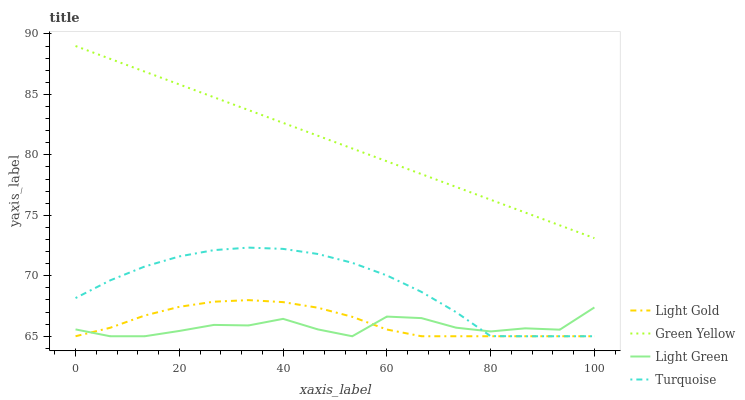
| xaxis_label | Light Gold | Green Yellow | Light Green | Turquoise |
 | --- | --- | --- | --- | --- |
 | 0 | 65 | 89 | 65.6 | 68.2 |
 | 6.67 | 65.7 | 87.9 | 65 | 69.6 |
 | 13.3 | 66.7 | 86.9 | 65 | 70.8 |
 | 20 | 67.4 | 85.8 | 65.4 | 71.6 |
 | 26.7 | 67.9 | 84.8 | 65.9 | 72.1 |
 | 33.3 | 68 | 83.7 | 65.9 | 72.3 |
 | 40 | 67.8 | 82.6 | 66.4 | 72.2 |
 | 46.7 | 67.4 | 81.6 | 65.6 | 71.8 |
 | 53.3 | 66.6 | 80.5 | 65 | 71.1 |
 | 60 | 65.6 | 79.5 | 66.6 | 70 |
 | 66.7 | 65 | 78.4 | 66.5 | 68.7 |
 | 73.3 | 65 | 77.3 | 65.7 | 67 |
 | 80 | 65 | 76.3 | 65.4 | 65 |
 | 86.7 | 65 | 75.2 | 65.7 | 65 |
 | 93.3 | 65 | 74.2 | 65.5 | 65 |
 | 100 | 65 | 73.1 | 67.4 | 65 |